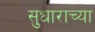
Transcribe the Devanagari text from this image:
सुधाराच्या